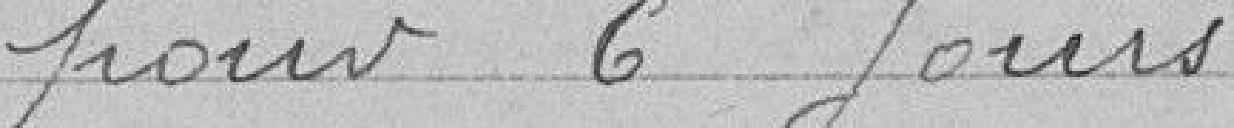
pour 6 jours